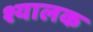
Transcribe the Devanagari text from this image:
श्यालक